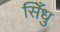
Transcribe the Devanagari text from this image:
सिँधु